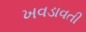
ખવડાવતી